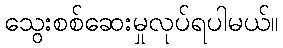
သွေးစစ်ဆေးမှုလုပ်ရပါမယ်။